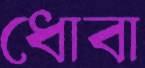
ধোবা